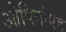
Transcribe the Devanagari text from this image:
ओपियॉएड